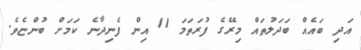
އަދި ބައެއް ބަދަލުތައް މިރޭގެ ފުރަތަމަ 11 އިން ފެނިދާނެ ކަމަށް ބުންޏެވެ.